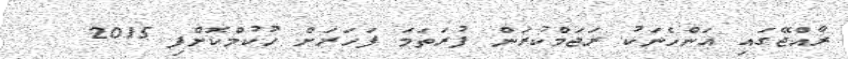
ރާއްޖޭގައި އަންހެނަކު ރަޖަމްކުރަން ފުރަތަމަ ފަހަރަށް ހުކުމްކޮށްފި 2015